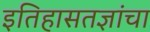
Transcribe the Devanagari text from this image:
इतिहासतज्ञांचा